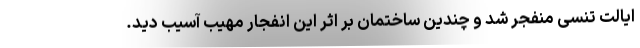
ایالت تنسی منفجر شد و چندین ساختمان بر اثر این انفجار مهیب آسیب دید.